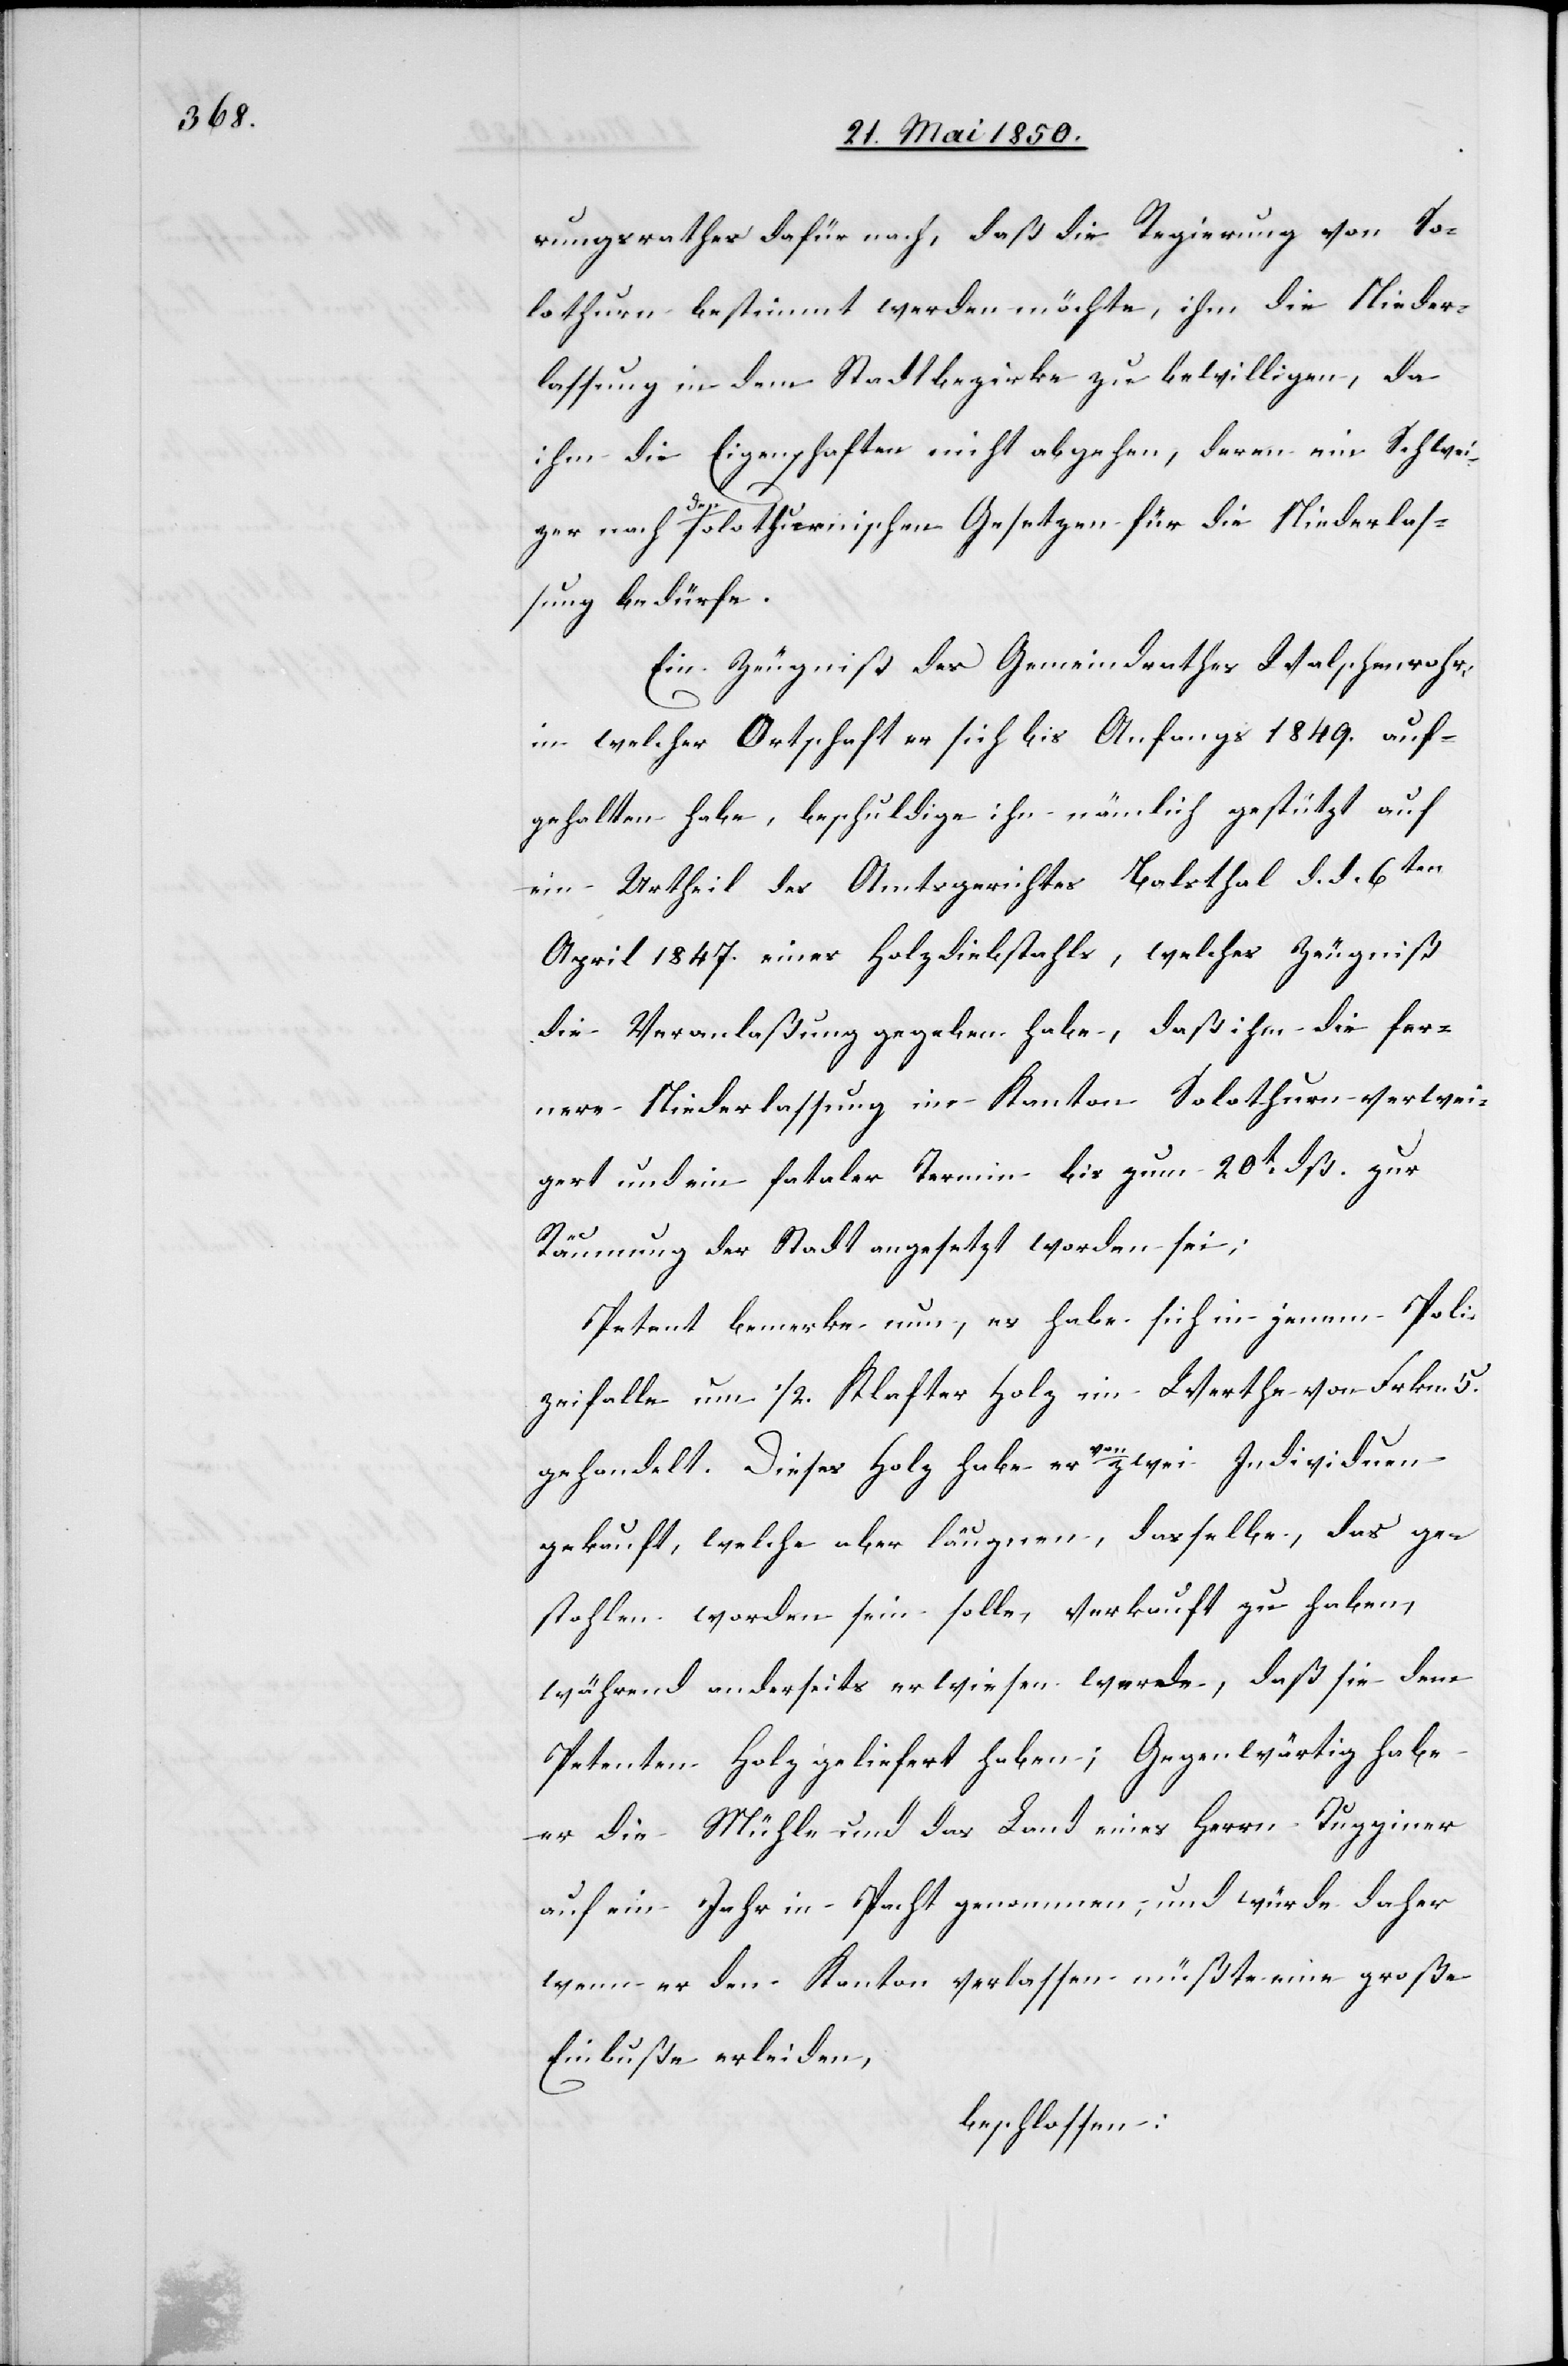
rungsrathes dafür nach, daß die Regierung von So¬
lothurn bestimmt werden möchte, ihm die Nieder¬
lassung in dem Stadtbezirke zu bewilligen, da
ihm die Eigenschaften nicht abgehen, deren ein Schwei¬
zer nach den solothurnischen Gesetzen für die Niederlas¬
sung bedürfe.
Ein Zeugniß des Gemeindrathes Walschenrohr,
in welcher Ortschaft er sich bis Anfangs 1849. auf¬
gehalten habe, beschuldige ihn nämlich gestützt auf
ein Urtheil des Amtsgerichtes Balsthal d. d. 6ten
April 1847. eines Holzdiebstahls, welches Zeugniß
die Veranlaßung gegeben habe, daß ihm die fer¬
nere Niederlassung im Kanton Solothurn verwei¬
gert und ein fataler Termin bis zum 20t dß. zur
Räumung der Stadt angesetzt worden sei;
Petent bemerke nun, es habe sich in jenem Poli¬
zeifalle um 1/2. Klafter Holz im Werthe von Frkn. 5.
gehandelt. Dieses Holz habe er von zwei Individuen
gekauft, welche aber läugnen, dasselbe, das ge¬
stohlen worden sein solle, verkauft zu haben,
während anderseits erwiesen werde, daß sie dem
Petenten Holz geliefert haben; Gegenwärtig habe
er die Mühle und das Land eines Herrn Tugginer
auf ein Jahr in Pacht genommen, und würde daher
wenn er den Kanton verlassen müßte eine große
Einbuße erleiden,
beschlossen: